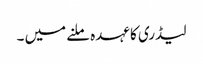
لیڈری کا عہدہ ملنے میں ۔